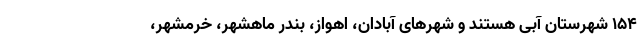
۱۵۴ شهرستان آبی هستند و شهرهای آبادان، اهواز، بندر ماهشهر، خرمشهر،